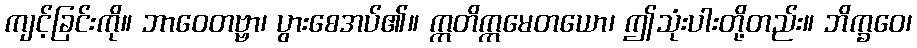
ကျင့်ခြင်းကို။ ဘာဝေတဗ္ဗာ၊ ပွားစေအပ်၏။ ဣတိဣမေတယော၊ ဤသုံးပါးတို့တည်း။ ဘိက္ခဝေ၊